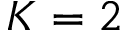
K = 2